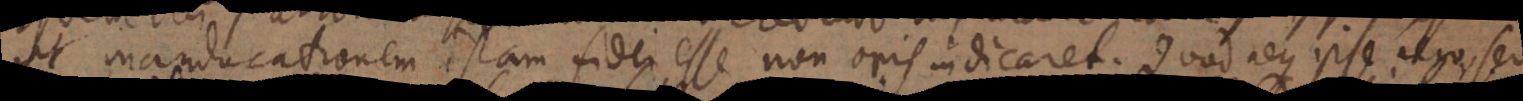
ut manducationem istam fidei esse non oris indicaret. Quod neque ips